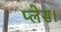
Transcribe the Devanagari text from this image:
प्‍लेस।